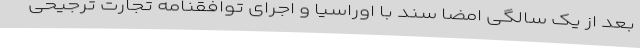
بعد از یک سالگی امضا سند با اوراسیا و اجرای توافقنامه تجارت ترجیحی